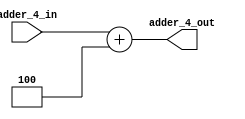
module Adder4 (adder_4_in, adder_4_out);

input [7:0] adder_4_in;
output reg [7:0] adder_4_out;



always@(adder_4_in)
begin
	adder_4_out<=adder_4_in + 8'd4;

end
endmodule